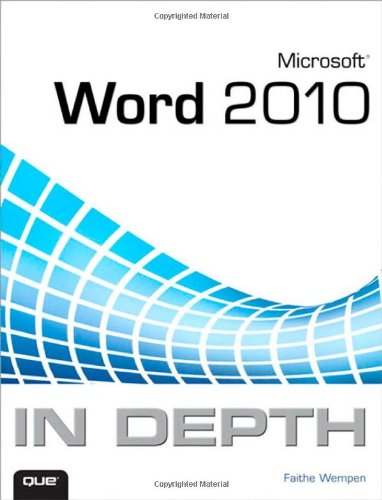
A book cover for Microsoft Word 2010 In Depth; Faithe Wempen; Computers & Technology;